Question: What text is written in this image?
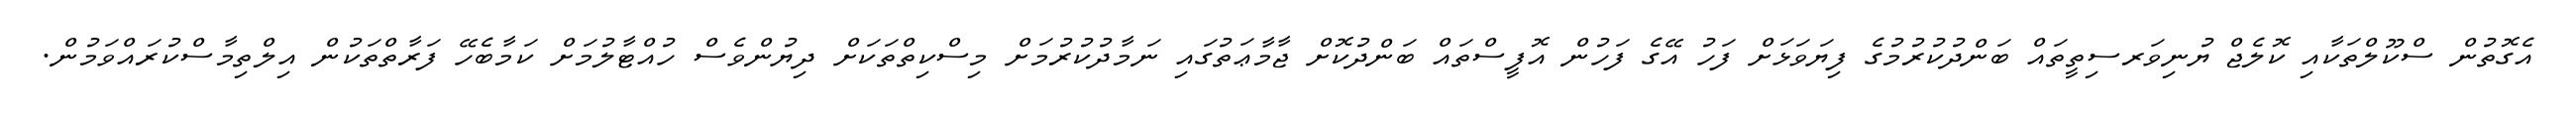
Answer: އެގޮތުން ސްކޫލްތަކާއި ކޮލެޖް ޔުނިވަރސިތީތައް ބަންދުކުރުމުގެ ފިޔަވަޅަށް ފަހު އޭގެ ފަހުން އޮފީސްތައް ބަންދުކޮށް ޖާމާޢަތުގައި ނަމާދުކުރުމަށް މިސްކިތްތަކަށް ދިޔުންވެސް ހުއްޓާލުމަށް ކަމާބެހޭ ފަރާތްތަކުން އިލްތިމާސްކުރައްވަމުން.